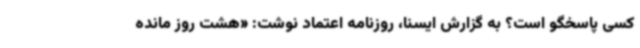
کسی پاسخگو است؟ به گزارش ایسنا، روزنامه اعتماد نوشت: «هشت روز مانده